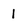
Character: 1